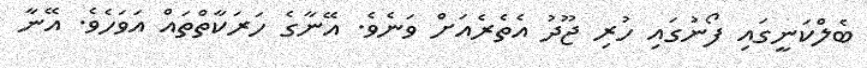
ބެލްކަނީގައި ފޯނުގައި ހުރި ޖޫދު އެތެރެއަށް ވަނެވެ. އޭނާގެ ހަރަކާތްތައް އަވަހެވެ. އޭނާ